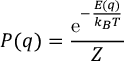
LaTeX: P ( q ) = { \frac { \mathrm { e } ^ { - { \frac { E ( q ) } { k _ { B } T } } } } { Z } }